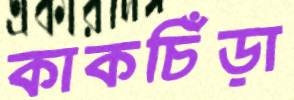
কাকচিঁড়া